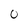
Character: 0